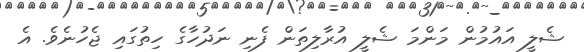
ޝެލީ އައުމުން މަންމަ ޝެލީ އުރާލިތަން ފެނި ނަދުހާގެ ހިތުގައި ޖެހުނެވެ. އެ